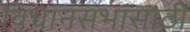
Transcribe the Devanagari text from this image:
विधानसभांसाठी